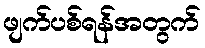
ဖျက်ပစ်ရန်အတွက်